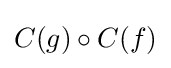
C(g)\circ C(f)